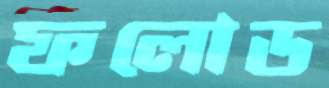
ফলোড